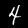
Digit: 4